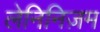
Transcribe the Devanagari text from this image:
लेनिनिज़म